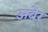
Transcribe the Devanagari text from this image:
ऊबेर्